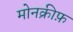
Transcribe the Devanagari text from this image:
मोनक्रीफ़